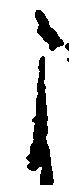
よ